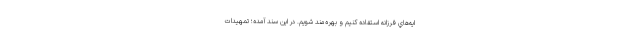
ايه‌هاي فرزانه استفاده كنيم و بهره‌مند شويم. در اين سند آمده؛ تمهيدات